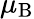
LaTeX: \mu_{\mathrm{B}}